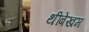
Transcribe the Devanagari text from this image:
थींबेखम